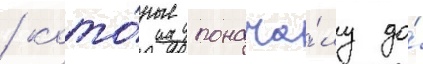
/ кото́рые понача́лу до́